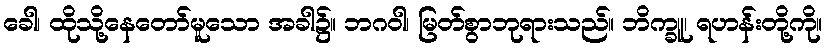
ခေါ၊ ထိုသို့နေတော်မူသော အခါ၌။ ဘဂဝါ၊ မြတ်စွာဘုရားသည်။ ဘိက္ခူ၊ ရဟန်းတို့ကို။